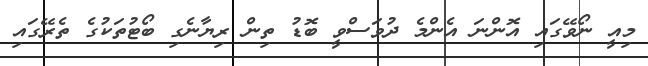
މިއީ ނޯވޭގައި އޮންނަ އެންމެ ދުވަސްވީ ބޮޑު ތިން ރިޔާނެގި ބޯޓުތަކުގެ ތެރޭގައި